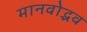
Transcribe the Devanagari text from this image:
मानवोद्भव